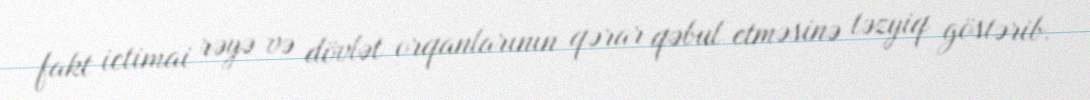
fakt ictimai rəyə və dövlət orqanlarının qərar qəbul etməsinə təzyiq göstərib.